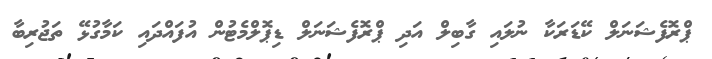
ޕްރޮފެޝަނަލް ކޭޑަރަކާ ނުލައި ގާބިލް އަދި ޕްރޮފެޝަނަލް ޑިޕޮލްމެޓުން އުފައްދައި ކަމާގުޅޭ ތަޖުރިބާ